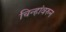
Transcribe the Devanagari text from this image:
चिन्हांवरुन